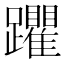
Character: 躣